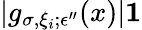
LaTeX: |g_{\sigma,\xi_{i};\epsilon^{\prime\prime}}(x)|\le 1